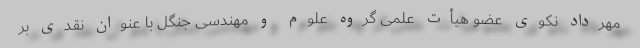
مهرداد نکوی عضو هیأت علمی گروه علوم و مهندسی جنگل با عنوان نقدی بر